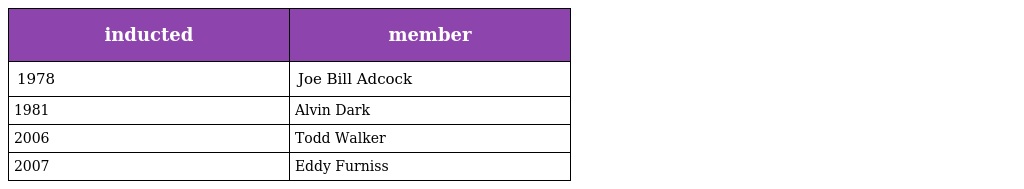
| inducted | member |
 | --- | --- |
 | 1978 | Joe Bill Adcock |
 | 1981 | Alvin Dark |
 | 2006 | Todd Walker |
 | 2007 | Eddy Furniss |